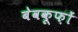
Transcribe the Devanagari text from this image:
बेवकूफ़ों